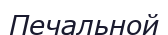
Печальной